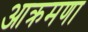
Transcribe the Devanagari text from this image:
आक्रमणा